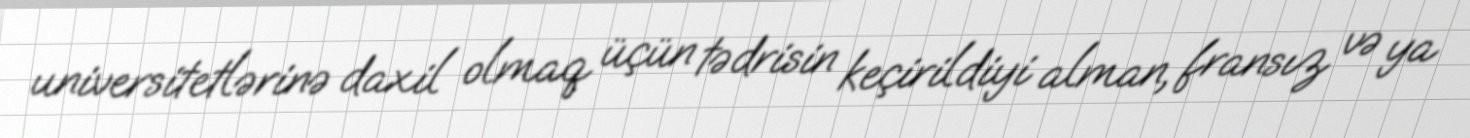
universitetlərinə daxil olmaq üçün tədrisin keçirildiyi alman, fransız və ya